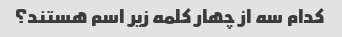
کدام سه از چهار کلمه زیر اسم هستند؟